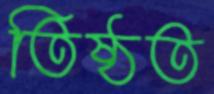
তিষ্ঠত